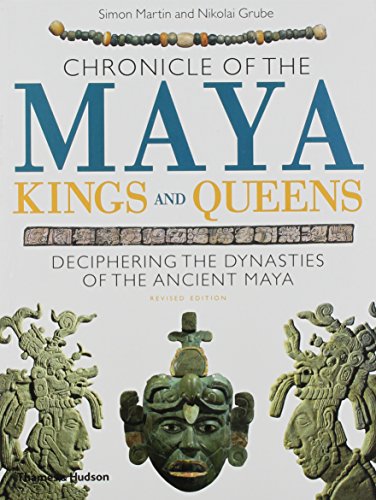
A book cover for Chronicle of the Maya Kings and Queens: Deciphering The Dynasties of the Ancient Maya; Simon Martin; History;